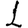
Digit: 1